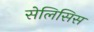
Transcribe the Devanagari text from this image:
सेलिसिस